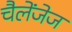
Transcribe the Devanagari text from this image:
चैलेंजेज